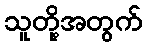
သူတို့အတွက်